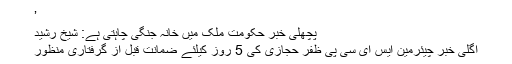
’
پچھلی خبر حکومت ملک میں خانہ جنگی چاہتی ہے: شیخ رشید
اگلی خبر چیئرمین ایس ای سی پی ظفر حجازی کی 5 روز کیلئے ضمانت قبل از گرفتاری منظور